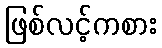
ဖြစ်လင့်ကစား